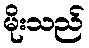
မိုးသည်